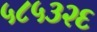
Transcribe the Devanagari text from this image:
५८५३२६